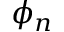
\phi _ { n }